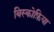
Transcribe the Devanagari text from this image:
बिस्कोफ़िया